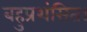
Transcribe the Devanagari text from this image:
बहुप्रशंसित।